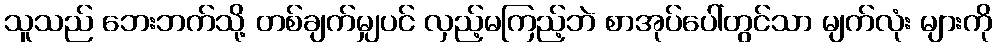
သူသည် ဘေးဘက်သို့ တစ်ချက်မျှပင် လှည့်မကြည့်ဘဲ စာအုပ်ပေါ်တွင်သာ မျက်လုံး များကို